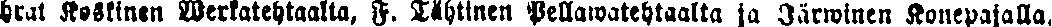
hrat Keskinen Werkatehtaalta, F. Tähtinen Pellawatehtaalta ja Järwinen Konepajalla.